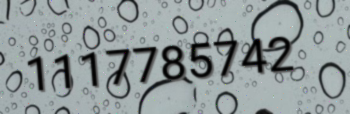
1117785742